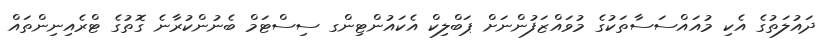
ދައުލަތުގެ އެކި މުއައްސަސާތަކުގެ މުވައްޒަފުންނަށް ޕަބްލިކް އެކައުންޓިންގ ސިސްޓަމް ބެނުންކުރާނެ ގޮތުގެ ޓްރެއިނިންތައް